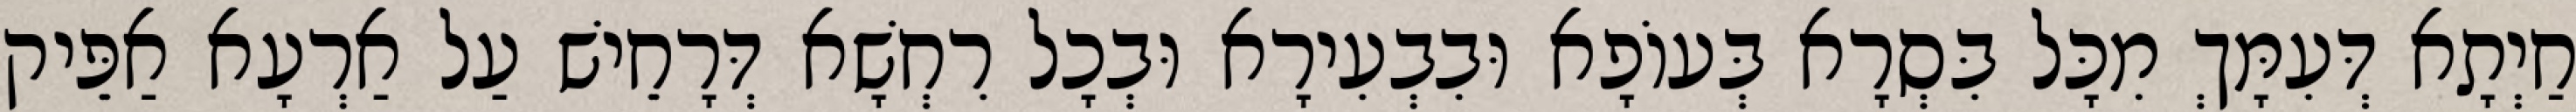
חַיְתָא דְּעִמָּךְ מִכָּל בִּסְרָא בְּעוֹפָא וּבִבְעִירָא וּבְכָל רִחְשָׁא דְּרָחֵישׁ עַל אַרְעָא אַפֵּיק